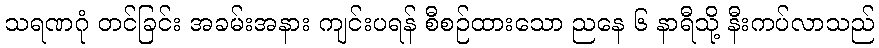
သရဏဂုံ တင်ခြင်း အခမ်းအနား ကျင်းပရန် စီစဉ်ထားသော ညနေ ၆ နာရီသို့ နီးကပ်လာသည်